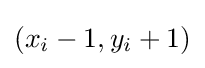
(x_{i}-1,y_{i}+1)